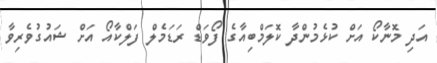
އަދި މޮނާކޯ އަށް ކުޅެމުންދާ ކޮލަމްބިއާގެ ފޯވަޑް ރަޑަމެލް ފަލްކާއޯ އަށް ޝައުގުވެރިވާ